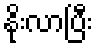
နိုးလာပြီး